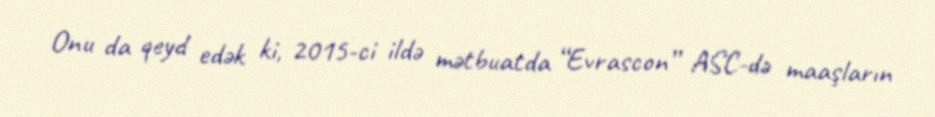
Onu da qeyd edək ki, 2015-ci ildə mətbuatda “Evrascon” ASC-də maaşların